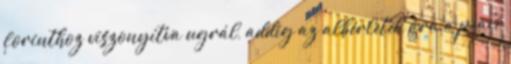
forinthoz viszonyítva ugrál, addig az albérletek ára a piaci